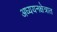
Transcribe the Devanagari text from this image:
अध्ययनक्षेत्रात